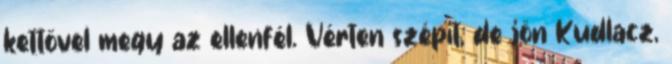
kettővel megy az ellenfél. Vérten szépít, de jön Kudlacz,